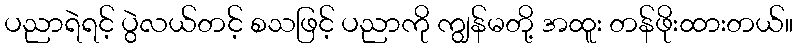
ပညာရဲရင့် ပွဲလယ်တင့် စသဖြင့် ပညာကို ကျွန်မတို့ အထူး တန်ဖိုးထားတယ်။